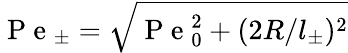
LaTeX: \mathrm{~P~e~}_{\pm}=\sqrt{\mathrm{~P~e~}_{0}^{2}+(2R/l_{\pm})^{2}}